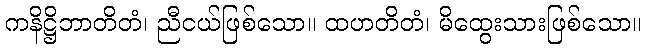
ကနိဋ္ဌိဘာတိတံ၊ ညီငယ်ဖြစ်သော။ ထဟတိတံ၊ မိထွေးသားဖြစ်သော။